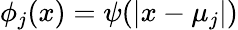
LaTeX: \phi_{j}(x)=\psi(|x-\mu_{j}|)